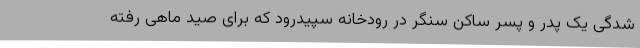
شدگی یک پدر و پسر ساکن سنگر در رودخانه سپیدرود که برای صید ماهی رفته